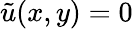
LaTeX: \tilde{u}(x,y)=0